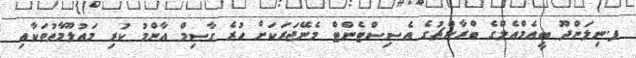
ފ.ނިލަންދޫ ބީއެމްއެލްގެ ބްރާންޗުގެ އެސިސްޓެންޓް މެނޭޖަރަކަށް ހުރެ ގާސިމް އާންމު ކުރި މައުލޫމާތުތަކާއި